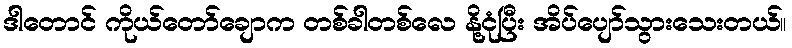
ဒါတောင် ကိုယ်တော်ချောက တစ်ခါတစ်လေ နို့ငုံပြီး အိပ်ပျော်သွားသေးတယ်။